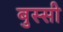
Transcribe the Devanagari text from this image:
बुस्सी